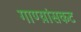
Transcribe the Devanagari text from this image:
गाण्य़ांसकट